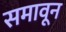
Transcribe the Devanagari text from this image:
समावून